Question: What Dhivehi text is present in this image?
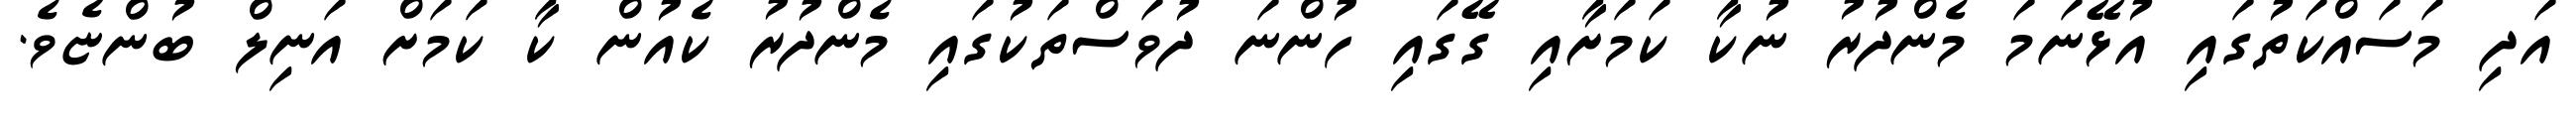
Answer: އަދި މަސައްކަތުގައި އުޅޭނަމަ މެންދުރު ނުކާ ކަމަށާއި ގޭގައި ހުންނަ ދުވަސްތަކުގައި މެންދުރު ކެއުން ކާ ކަމަށް އަނިލް ބުންޏެވެ.